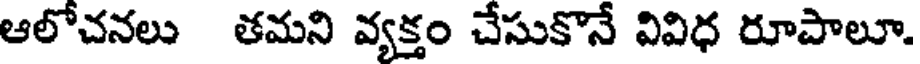
ఆలోచనలు తమని వ్యక్తం చేసుకొనే వివిధ రూపాలూ.